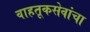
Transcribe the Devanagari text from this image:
वाहतूकसेवांचा